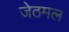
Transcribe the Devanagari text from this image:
जेठमल